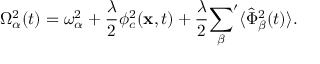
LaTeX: \Omega _ { \alpha } ^ { 2 } ( t ) = \omega _ { \alpha } ^ { 2 } + \frac { \lambda } { 2 } \phi _ { c } ^ { 2 } ( { \bf x } , t ) + \frac { \lambda } { 2 } { \sum _ { \beta } } ^ { \prime } \langle \hat { \Phi } _ { \beta } ^ { 2 } ( t ) \rangle .